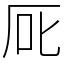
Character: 厑